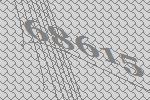
68615